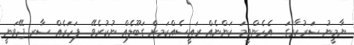
ޔާމީނު ސަރުކާރުގަ... އެހެންވީމަ ކަންނެއް ރައީސެއްކަމށް ގަބޫލެއް ނުކުރެވޭ... ފަހަރެއް ސާރ ޖޭވަނީ